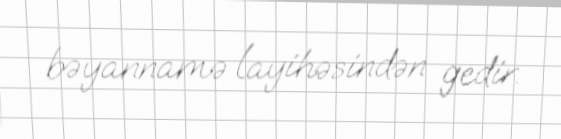
bəyannamə layihəsindən gedir.